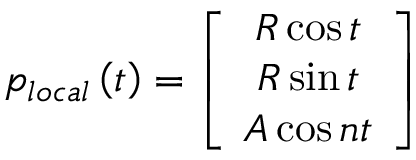
p _ { l o c a l } \left( t \right) = \left[ \begin{array} { c } { R \cos t } \\ { R \sin t } \\ { A \cos n t } \end{array} \right]